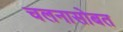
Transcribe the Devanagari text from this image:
चलनासोबत